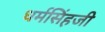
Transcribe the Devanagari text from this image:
धर्मसिंहजी